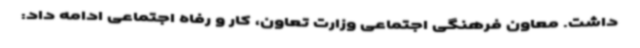
داشت. معاون فرهنگی اجتماعی وزارت تعاون، کار و رفاه اجتماعی ادامه داد: